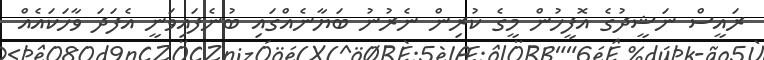
ރައީސް ނަޝީދުގެ އޮފީހުން މީގެ ކުރިން ނެރުނު ބަޔާނެއްގައި ބުނެފައިވަނީ އެފަދަ ވާހަކައެއް